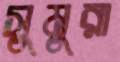
সুমুরা